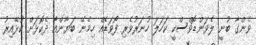
ވެންގާ ބުނީ ލެވަންޑޮވްސްކީ ކަހަލަ ހުނަރުވެރި ފޯވަޑެއް ހިމެނޭ ބަޔާންއާ ދެކޮޅަށް ކުޅޭއިރު